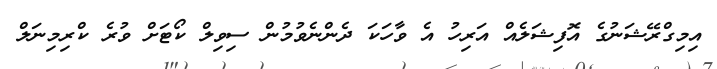
އިމިގްރޭޝަނުގެ އޮފިޝަލެއް އަރިހު އެ ވާހަކަ ދެންނެވުމުން ސިވިލް ކޯޓަށް ވުރެ ކްރިމިނަލް